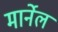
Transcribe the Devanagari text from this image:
मार्नेल